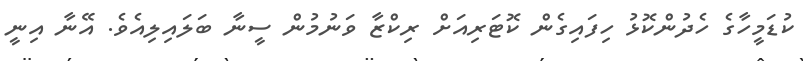
ކުޑަމީހާގެ ހެދުންކޮޅު ހިފައިގެން ކޮޓަރިއަށް ރިކްޒާ ވަނުމުން ސީނާ ބަލައިލިއެވެ. އޭނާ އިނީ